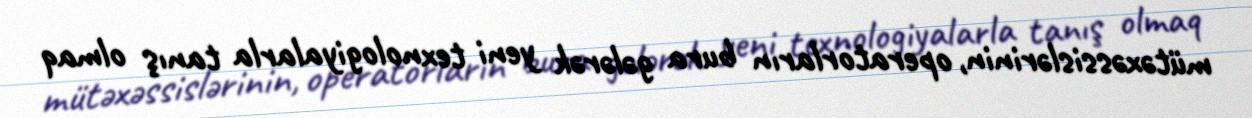
mütəxəssislərinin, operatorların bura gələrək yeni texnologiyalarla tanış olmaq